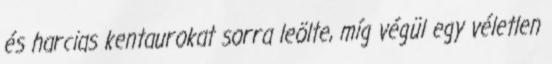
és harcias kentaurokat sorra leölte, míg végül egy véletlen